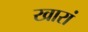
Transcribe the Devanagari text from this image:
खारां